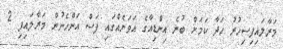
މަރާލައިފިސިހުރު ހަދާ ކަމަށް ބުނެ އިންޑިއާގެ އަވަށެއްގައި ފަސް އަންހެނުން މަރާލައިފި 2